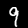
Label: 9